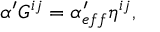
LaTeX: \alpha ^ { \prime } G ^ { i j } = \alpha _ { e f f } ^ { \prime } \eta ^ { i j } ,